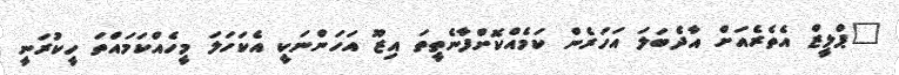
"ޕްލީޒް އެތެރެއަށް އާދެބަލަ އަހަރެން ކަމެއްކޮށްފާނެތީތަ އިޒޫ އަހަންނަކީ އެކަހަލަ މީހެއްކަމައްތަ ހީކުރަނީ